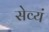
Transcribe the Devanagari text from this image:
सेव्यं